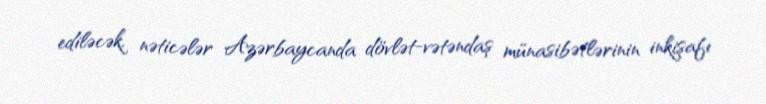
ediləcək, nəticələr Azərbaycanda dövlət-vətəndaş münasibətlərinin inkişafı